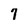
Character: 7